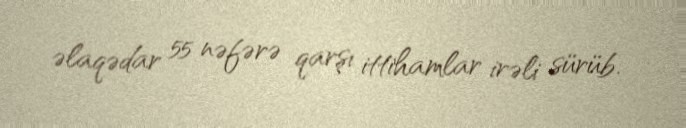
əlaqədar 55 nəfərə qarşı ittihamlar irəli sürüb.